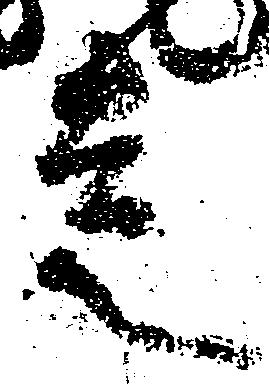
走